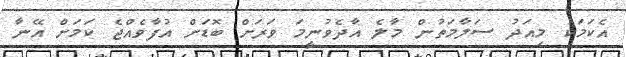
އެކަމަކު މިއަދު ސަލާމަތުން މާލެ އާދެވުނީމަ ވަރަށް ބޮޑަށް އުފާވެއްޖެ ކަމަށް އޭނާ